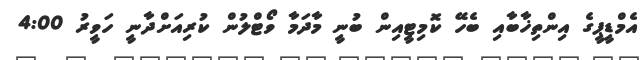
އެމްޑީޕީގެ އިންތިޚާބާއި ބެހޭ ކޮމިޓީއިން ބުނީ މާދަމާ ވޯޓްލުން ކުރިއަށްދާނީ ހަވީރު 4:00